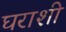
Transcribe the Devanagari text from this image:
घराशी